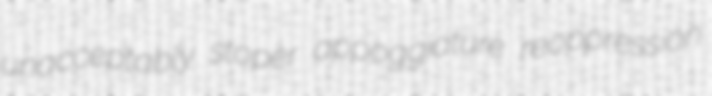
unacceptably stoper appoggiature reoppression